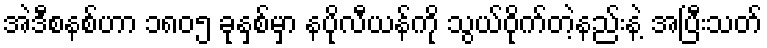
အဲဒီစနစ်ဟာ ၁၈၀၅ ခုနှစ်မှာ နပိုလီယန်ကို သွယ်ဝိုက်တဲ့နည်းနဲ့ အပြီးသတ်